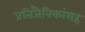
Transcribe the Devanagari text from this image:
प्रतिजैविकांसह